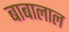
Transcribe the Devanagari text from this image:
बाबालाल